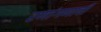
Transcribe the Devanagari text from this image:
रणांगणाची